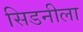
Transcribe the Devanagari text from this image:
सिडनीला